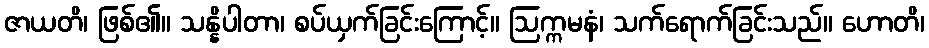
ဇာယတိ၊ ဖြစ်၏။ သန္နိပါတာ၊ စပ်ယှက်ခြင်းကြောင့်။ ဩက္ကမနံ၊ သက်ရောက်ခြင်းသည်။ ဟောတိ၊